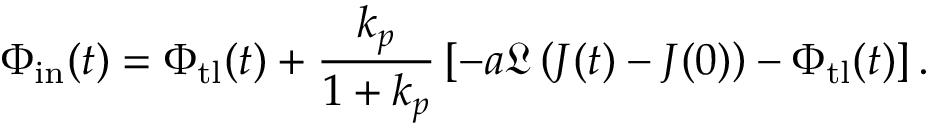
\Phi _ { \mathrm { i n } } ( t ) = \Phi _ { \mathrm { t l } } ( t ) + \frac { k _ { p } } { 1 + k _ { p } } \left[ - a \mathfrak { L } \left( J ( t ) - J ( 0 ) \right) - \Phi _ { \mathrm { t l } } ( t ) \right] .